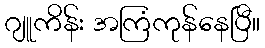
ဂျူကိန်း အကြံကုန်နေပြီ။